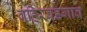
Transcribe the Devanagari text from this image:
बहिरवडगाव